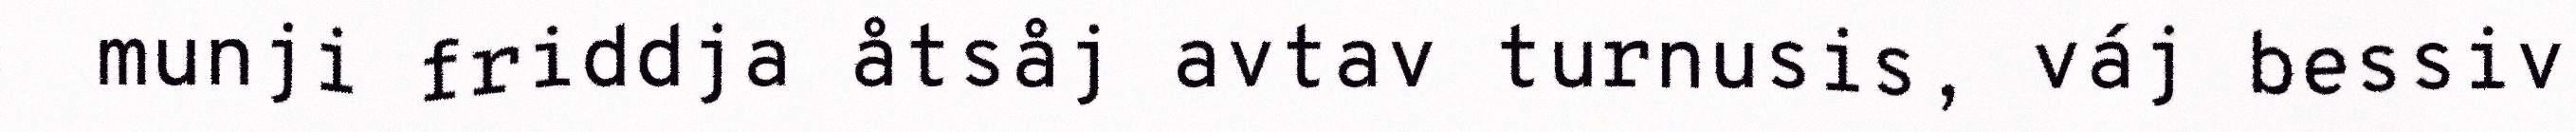
munji friddja åtsåj avtav turnusis, váj bessiv